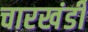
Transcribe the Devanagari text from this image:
चारखंडी